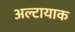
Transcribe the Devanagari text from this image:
अल्टायाक